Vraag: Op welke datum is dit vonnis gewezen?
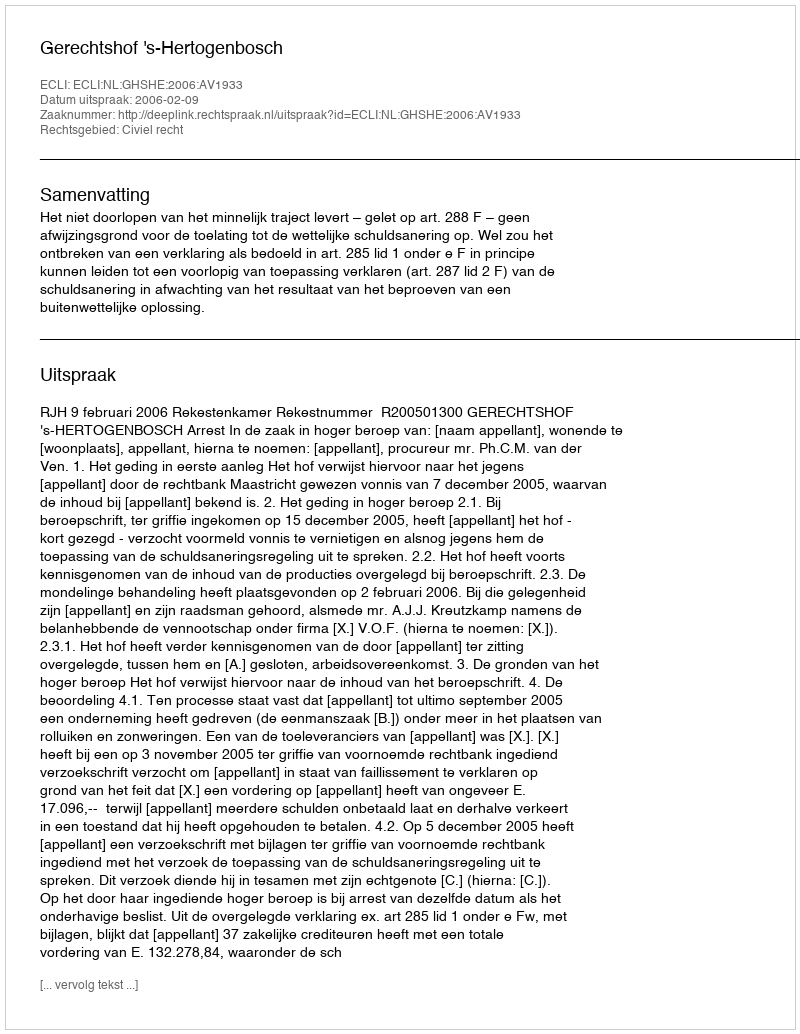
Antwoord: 2006-02-09